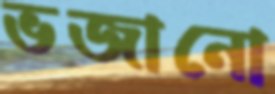
ভজানো